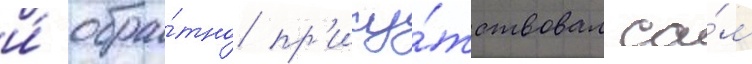
и́ обра́тно пр'ису́тствовал са́м